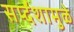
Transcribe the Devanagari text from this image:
सर्प्दंशामुळे